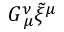
G _ { \: \mu } ^ { \nu } \tilde { \xi } ^ { \mu }